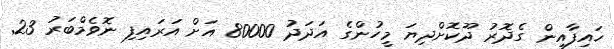
ހައިފާއިން ގެދޮރު ދޫކޮށްދިޔަ މީހުންގެ އަދަދު 80000 އަށް އަރައިފި ނޮވެމްބަރު 23